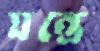
যন্ত্রে